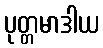
ပုတ္တမာဒါယ